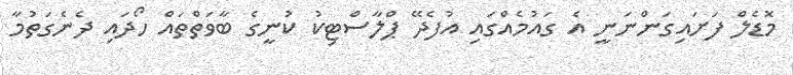
މޮޑެލް ފަށައިގަންނަނީ އެ ގައުމެއްގައި އުފެދޭ ޕްލާސްޓިކު ކުނީގެ ބާވަތްތައް ހޯދައި ދެނެގަތުމާ